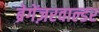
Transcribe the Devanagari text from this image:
ब्रेगेंज़रवाल्डर